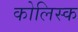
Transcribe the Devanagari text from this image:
कोलिस्क